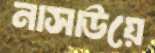
নাসাউয়ে